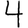
Digit: 4